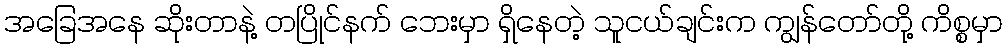
အခြေအနေ ဆိုးတာနဲ့ တပြိုင်နက် ဘေးမှာ ရှိနေတဲ့ သူငယ်ချင်းက ကျွန်တော်တို့ ကိစ္စမှာ